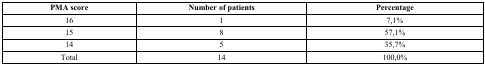
<table><thead><tr><td><b>PMA score</b></td><td><b>Number of patients</b></td><td><b>Percentage</b></td></tr></thead><tbody><tr><td>16</td><td>1</td><td>7,1%</td></tr><tr><td>15</td><td>8</td><td>57,1%</td></tr><tr><td>14</td><td>5</td><td>35,7%</td></tr><tr><td>Total</td><td>14</td><td>100,0%</td></tr></tbody></table>